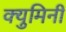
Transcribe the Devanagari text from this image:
क्युमिनी